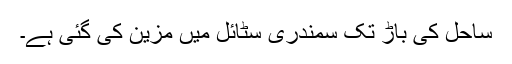
ساحل کی باڑ تک سمندری سٹائل میں مزین کی گئی ہے۔